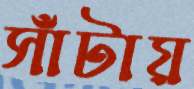
সাঁটায়